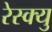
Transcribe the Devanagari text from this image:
रेस्क्यु